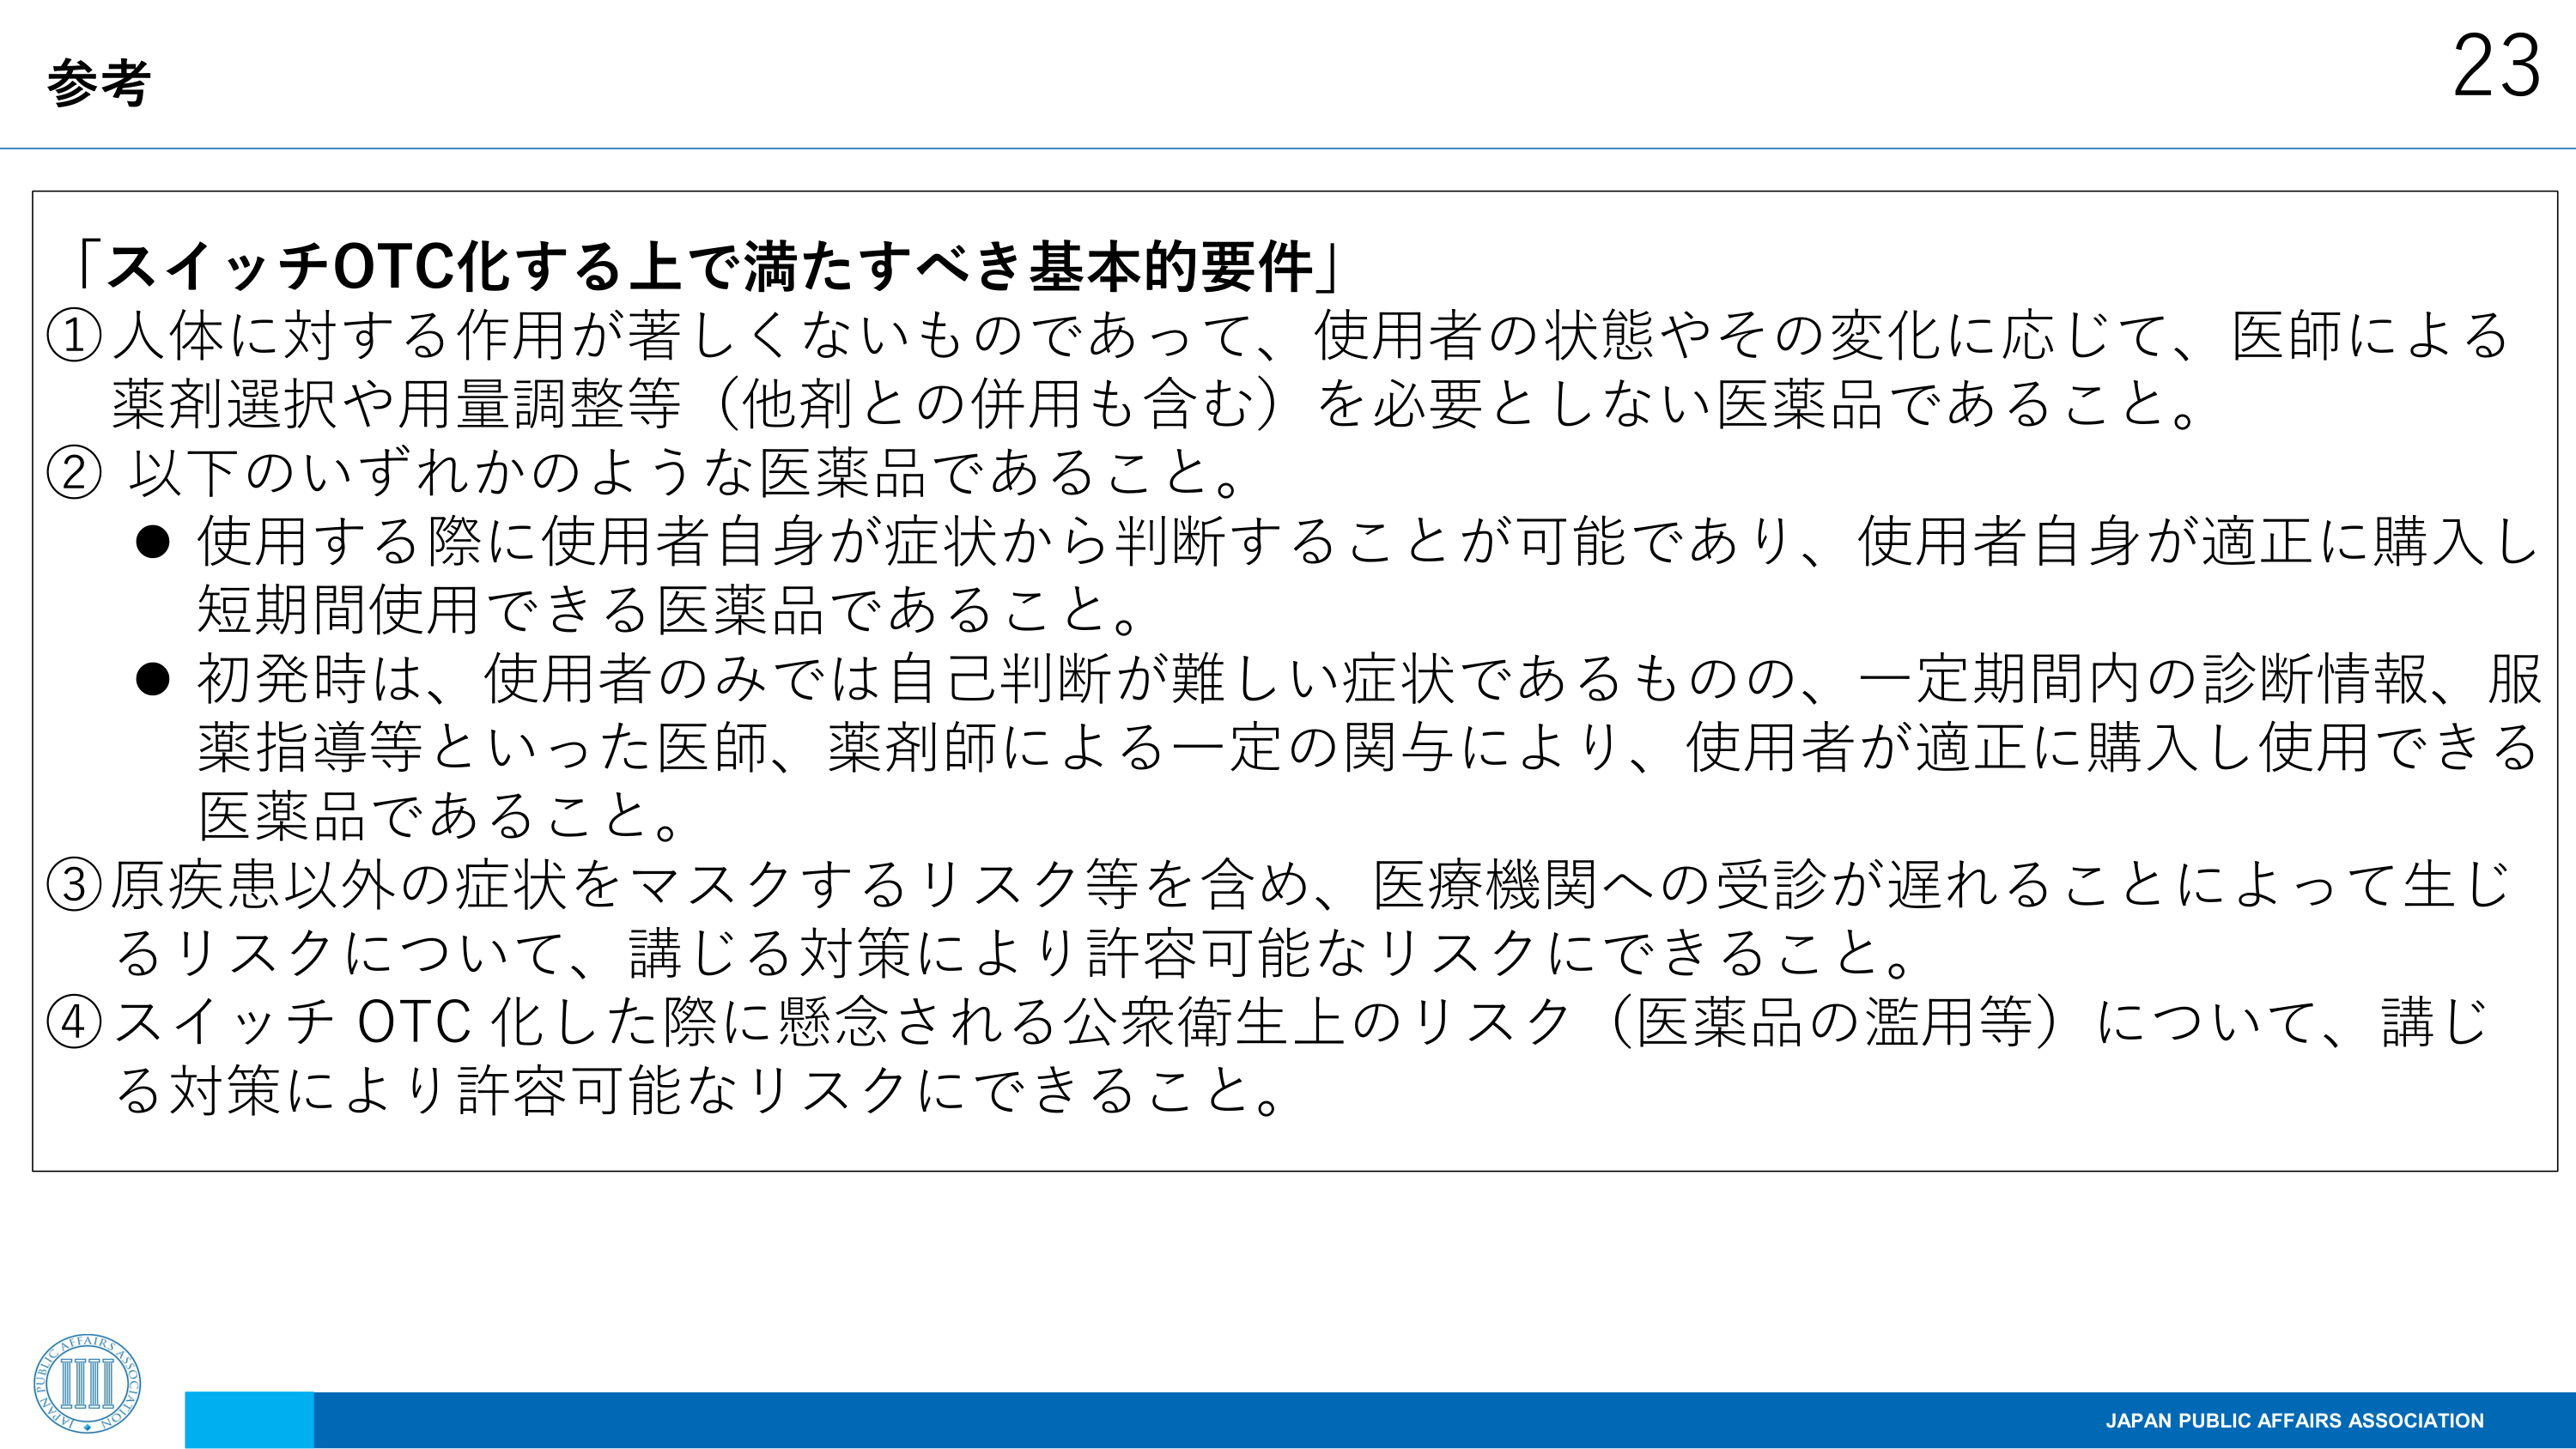
参考
23
「スイッチOTC化する上で満たすべき基本的要件」
① 人体に対する作用が著しくないものであって、使用者の状態やその変化に応じて、医師による
薬剤選択や用量調整等（他剤との併用も含む）を必要としない医薬品であること。
② 以下のいずれかのような医薬品であること。
● 使用する際に使用者自身が症状から判断することが可能であり、使用者自身が適正に購入し
短期間使用できる医薬品であること。
● 初発時は、使用者のみでは自己判断が難しい症状であるものの、一定期間内の診断情報、服
薬指導等といった医師、薬剤師による一定の関与により、使用者が適正に購入し使用できる
医薬品であること。
③ 原疾患以外の症状をマスクするリスク等を含め、医療機関への受診が遅れることによって生じ
るリスクについて、講じる対策により許容可能なリスクにできること。
④ スイッチ OTC 化した際に懸念される公衆衛生上のリスク（医薬品の濫用等）について、講じ
る対策により許容可能なリスクにできること。
JAPAN PUBLIC AFFAIRS ASSOCIATION